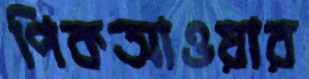
পিকআওয়ার